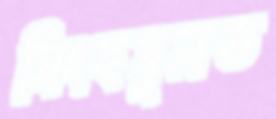
সিংহসুলভ